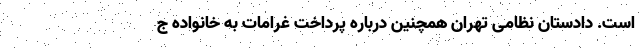
است. دادستان نظامی تهران همچنین درباره پرداخت غرامات به خانواده ج